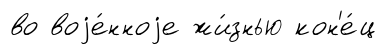
во воjе́нноjе жи́знью кон'е́ц